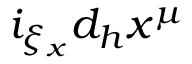
i _ { \xi _ { x } } d _ { h } x ^ { \mu }